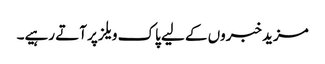
مزید خبروں کے لیے پاک ویلز پر آتے رہیے۔